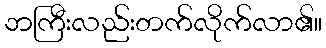
ဘကြီးလည်းတက်လိုက်လာ၏။